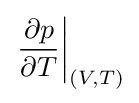
\left.{\frac {\partial p}{\partial T}}\right|_{(V,T)}